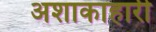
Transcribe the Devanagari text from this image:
अशाकाहारी